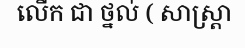
លើក ជា ថ្នល់ ( សាស្ត្រា